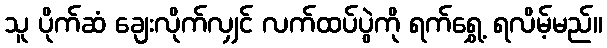
သူ ပိုက်ဆံ ချေးလိုက်လျှင် လက်ထပ်ပွဲကို ရက်ရွှေ့ ရလိမ့်မည်။